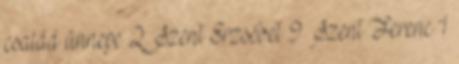
család ünnepe 2 Szent Erzsébet 9 Szent Ferenc 1